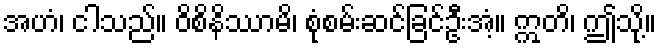
အဟံ၊ ငါသည်။ ဝိစိနိဿာမိ၊ စုံစမ်းဆင်ခြင်ဦးအံ့။ ဣတိ၊ ဤသို့။